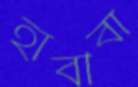
হাবীবা